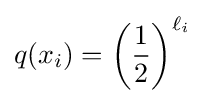
q(x_{i})=\left({\frac {1}{2}}\right)^{\ell _{i}}